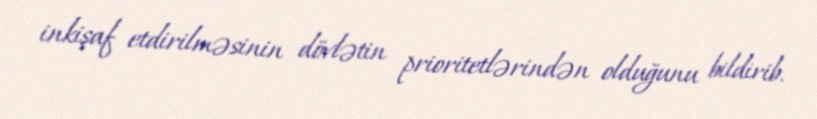
inkişaf etdirilməsinin dövlətin prioritetlərindən olduğunu bildirib.